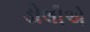
ડોલીએ